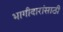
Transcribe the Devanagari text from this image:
भागीदारांसाठी